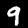
Label: 9